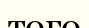
того